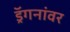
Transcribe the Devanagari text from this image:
ड्रॅगनांवर